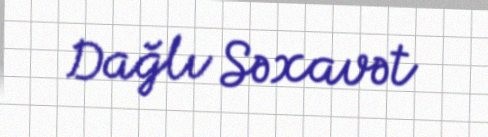
Dağlı Səxavət